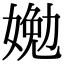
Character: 㛯